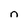
Character: n